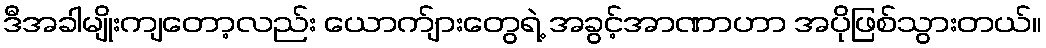
ဒီအခါမျိုးကျတော့လည်း ယောက်ျားတွေရဲ့ အခွင့်အာဏာဟာ အပိုဖြစ်သွားတယ်။